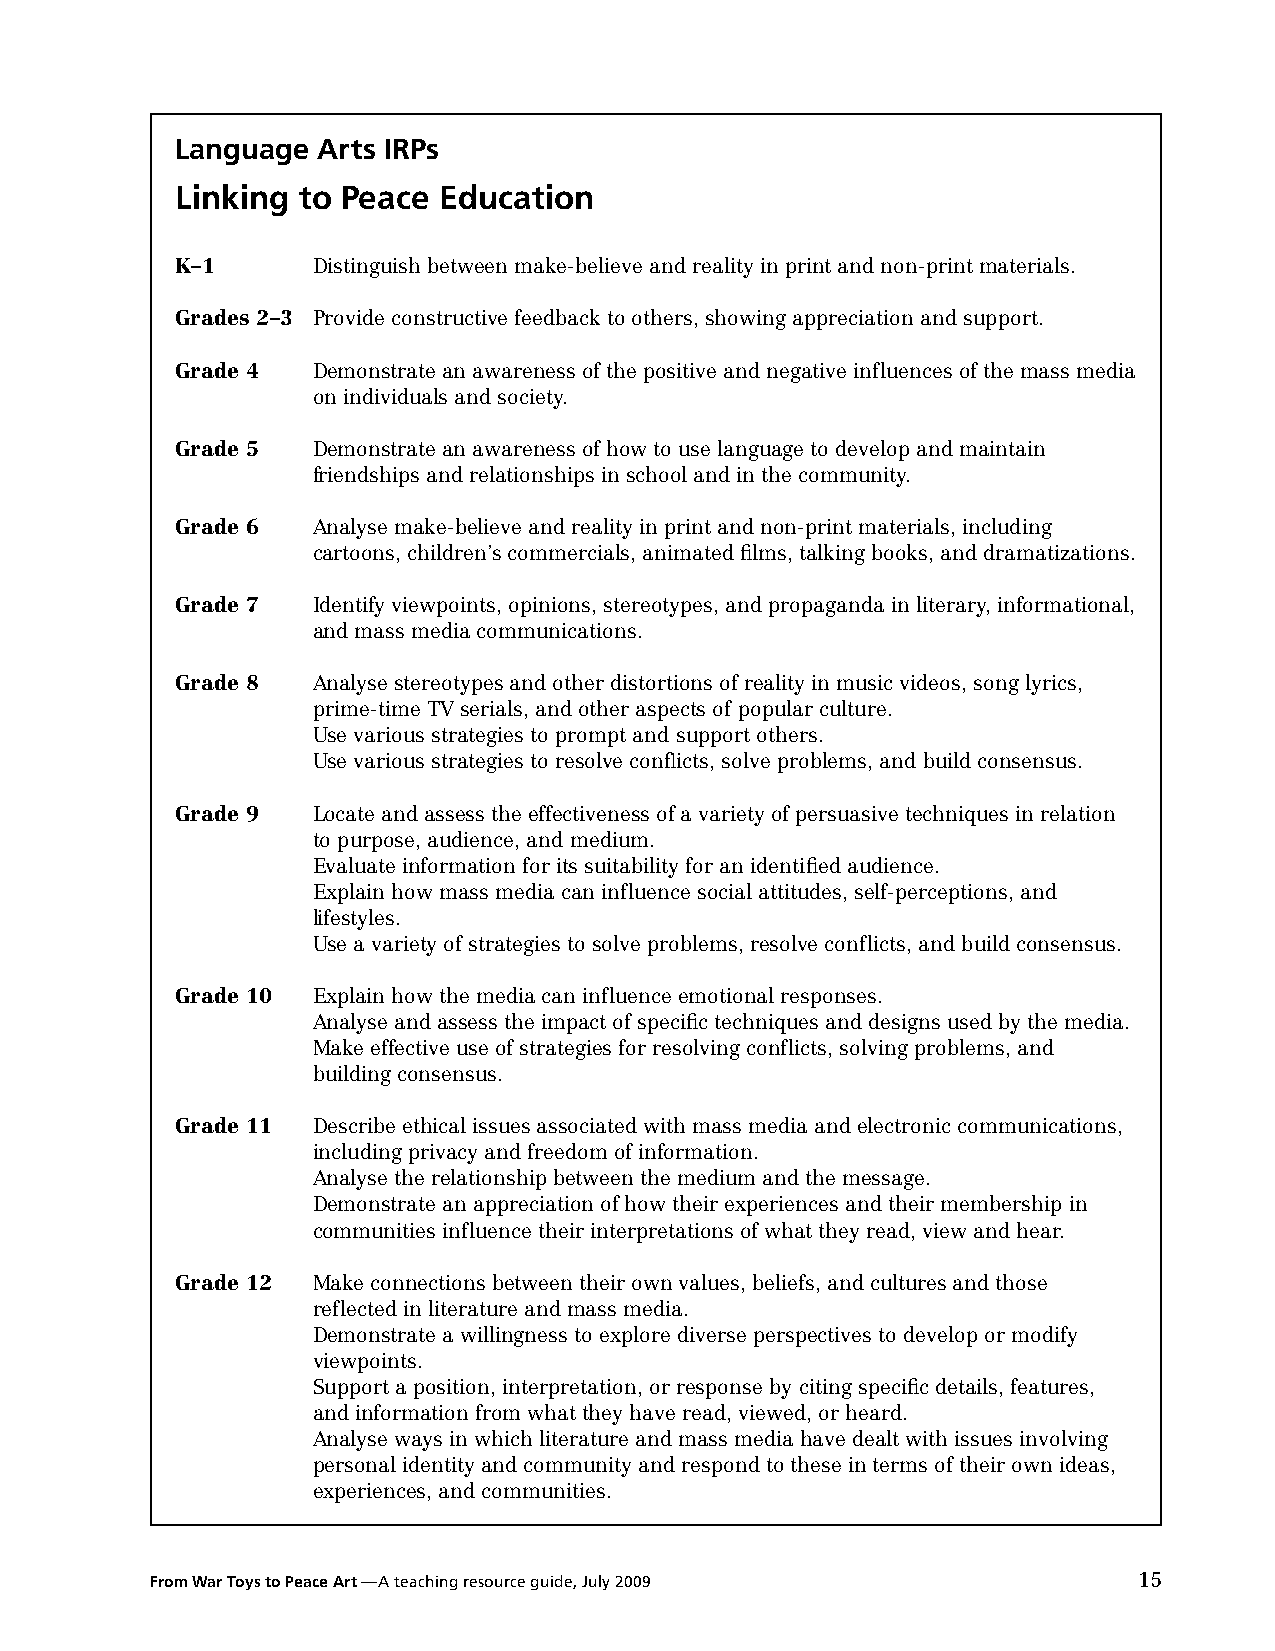
Language Arts iRPs
 Linking to Peace education
 K–1      Distinguish between make-believe and reality in print and non-print materials.
 Grades 2–3 Provide constructive feedback to others, showing appreciation and support.
 Grade 4  Demonstrate an awareness of the positive and negative influences of the mass media
 on individuals and society.
 Grade 5  Demonstrate an awareness of how to use language to develop and maintain
 friendships and relationships in school and in the community.
 Grade 6  Analyse make-believe and reality in print and non-print materials, including
 cartoons, children’s commercials, animated films, talking books, and dramatizations.
 Grade 7  Identify viewpoints, opinions, stereotypes, and propaganda in literary, informational,
 and mass media communications.
 Grade 8  Analyse stereotypes and other distortions of reality in music videos, song lyrics,
 prime-time TV serials, and other aspects of popular culture.
 Use various strategies to prompt and support others.
 Use various strategies to resolve conflicts, solve problems, and build consensus.
 Grade 9  Locate and assess the effectiveness of a variety of persuasive techniques in relation
 to purpose, audience, and medium.
 Evaluate information for its suitability for an identified audience.
 Explain how mass media can influence social attitudes, self-perceptions, and
 lifestyles.
 Use a variety of strategies to solve problems, resolve conflicts, and build consensus.
 Grade 10 Explain how the media can influence emotional responses.
 Analyse and assess the impact of specific techniques and designs used by the media.
 Make effective use of strategies for resolving conflicts, solving problems, and
 building consensus.
 Grade 11 Describe ethical issues associated with mass media and electronic communications,
 including privacy and freedom of information.
 Analyse the relationship between the medium and the message.
 Demonstrate an appreciation of how their experiences and their membership in
 communities influence their interpretations of what they read, view and hear.
 Grade 12 Make connections between their own values, beliefs, and cultures and those
 reflected in literature and mass media.
 Demonstrate a willingness to explore diverse perspectives to develop or modify
 viewpoints.
 Support a position, interpretation, or response by citing specific details, features,
 and information from what they have read, viewed, or heard.
 Analyse ways in which literature and mass media have dealt with issues involving
 personal identity and community and respond to these in terms of their own ideas,
 experiences, and communities.
 From War Toys to Peace Art —A teaching resource guide, July 2009 15